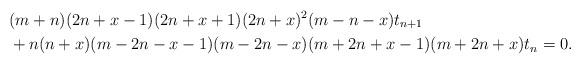
LaTeX: \begin{align*} & (m+n) (2 n+x-1) (2 n+x+1) (2 n+x)^2 (m-n-x) t_{n+1} \\ & +n (n+x) (m-2 n-x-1) (m-2 n-x) (m+2 n+x-1) (m+2 n+x) t_n = 0.\end{align*}